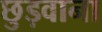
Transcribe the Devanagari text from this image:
छुड़वाना